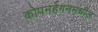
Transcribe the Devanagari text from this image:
कोपनहेगनमधील